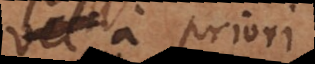
vel a priori